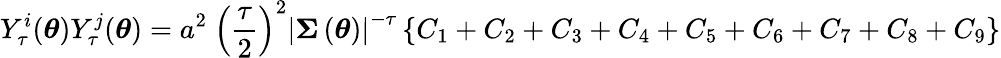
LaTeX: Y_{\tau}^{i}(\boldsymbol{\theta})Y_{\tau}^{j}(\boldsymbol{\theta})=a^{2}\mathrm{~}\left(\frac{\tau}{2}\right)^{2}\left\vert\boldsymbol{\Sigma}\left(\boldsymbol{\theta}\right)\right\vert^{-\tau}\left\{ C_{1}+C_{2}+C_{3}+C_{4}+C_{5}+C_{6}+C_{7}+C_{8}+C_{9}\right\}